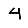
Digit: 4